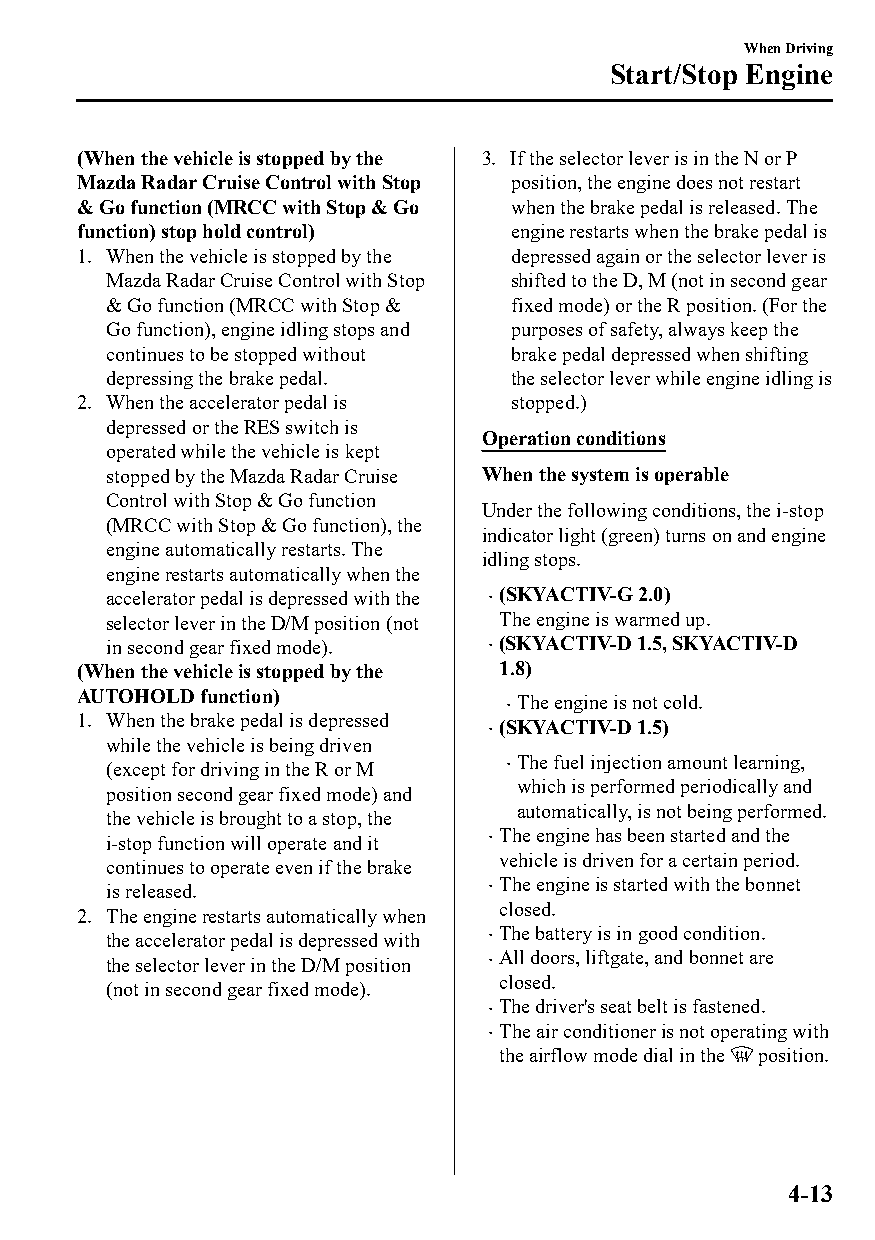
When Driving
 Start/Stop Engine
 (When the vehicle is stopped by the 3. If the selector lever is in the N or P
 Mazda Radar Cruise Control with Stop position, the engine does not restart
 & Go function (MRCC with Stop & Go when the brake pedal is released. The
 function) stop hold control) engine restarts when the brake pedal is
 1. When the vehicle is stopped by the depressed again or the selector lever is
 Mazda Radar Cruise Control with Stop shifted to the D, M (not in second gear
 & Go function (MRCC with Stop & fixed mode) or the R position. (For the
 Go function), engine idling stops and purposes of safety, always keep the
 continues to be stopped without brake pedal depressed when shifting
 depressing the brake pedal. the selector lever while engine idling is
 2. When the accelerator pedal is stopped.)
 depressed or the RES switch is
 Operation conditions
 operated while the vehicle is kept
 stopped by the Mazda Radar Cruise When the system is operable
 Control with Stop & Go function
 Under the following conditions, the i-stop
 (MRCC with Stop & Go function), the
 indicator light (green) turns on and engine
 engine automatically restarts. The
 idling stops.
 engine restarts automatically when the
 accelerator pedal is depressed with the  (SKYACTIV-G 2.0)
 selector lever in the D/M position (not The engine is warmed up.
 in second gear fixed mode).  (SKYACTIV-D 1.5, SKYACTIV-D
 (When the vehicle is stopped by the 1.8)
 AUTOHOLD function)
 The engine is not cold.
 
 1. When the brake pedal is depressed
 (SKYACTIV-D 1.5)
 
 while the vehicle is being driven
 The fuel injection amount learning,
 (except for driving in the R or M 
 which is performed periodically and
 position second gear fixed mode) and
 automatically, is not being performed.
 the vehicle is brought to a stop, the
 The engine has been started and the
 i-stop function will operate and it 
 vehicle is driven for a certain period.
 continues to operate even if the brake
 The engine is started with the bonnet
 is released.             
 closed.
 2. The engine restarts automatically when
 The battery is in good condition.
 the accelerator pedal is depressed with 
 All doors, liftgate, and bonnet are
 the selector lever in the D/M position 
 closed.
 (not in second gear fixed mode).
 The driver's seat belt is fastened.
 
 The air conditioner is not operating with
 
 the airflow mode dial in the position.
 4-13
 CX-3_8GT4-EE-18D_Edition4                  2018-9-6 18:32:19